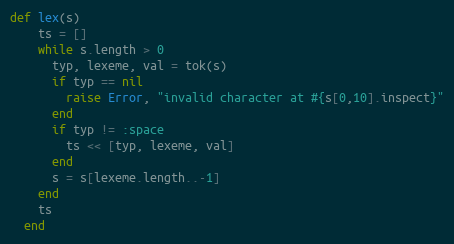
Language: Ruby
def lex(s)
    ts = []
    while s.length > 0
      typ, lexeme, val = tok(s)
      if typ == nil
        raise Error, "invalid character at #{s[0,10].inspect}"
      end
      if typ != :space
        ts << [typ, lexeme, val]
      end
      s = s[lexeme.length..-1]
    end
    ts
  end